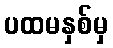
ပထမနှစ်မှ